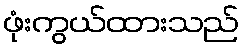
ဖုံးကွယ်ထားသည်